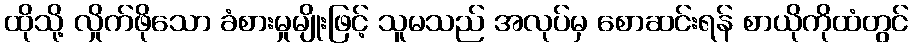
ထိုသို့ လှိုက်ဖိုသော ခံစားမှုမျိုးဖြင့် သူမသည် အလုပ်မှ စောဆင်းရန် စာယိုကိုထံတွင်